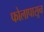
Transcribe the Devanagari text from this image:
फोलापासून